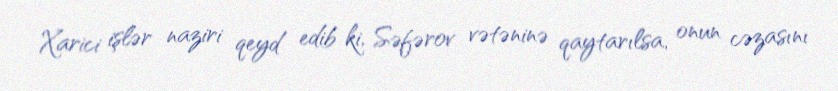
Xarici işlər naziri qeyd edib ki, Səfərov vətəninə qaytarılsa, onun cəzasını